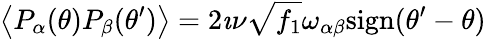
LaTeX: \left\langle P_{\alpha}(\theta)P_{\beta}(\theta^{\prime})\right\rangle=2\imath\nu\sqrt{f_{1}}\omega_{\alpha\beta}\mathrm{sign}(\theta^{\prime}-\theta)